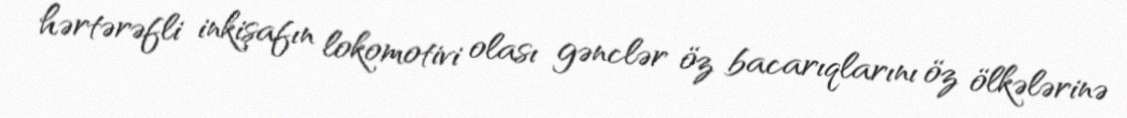
hərtərəfli inkişafın lokomotivi olası gənclər öz bacarıqlarını öz ölkələrinə